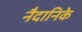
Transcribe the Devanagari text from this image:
नैदानिके